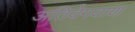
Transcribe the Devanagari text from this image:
अतिवेगवाण